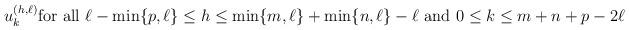
LaTeX: \begin{align*}u_k^{(h,\ell)}\hbox{for all $\ell-\min\{p,\ell\}\leq h\leq\min\{m,\ell\}+\min\{n,\ell\}-\ell$ and $0\leq k\leq m+n+p-2\ell$}\end{align*}